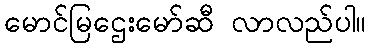
မောင်မြဌေးမော်ဆီ လာလည်ပါ။